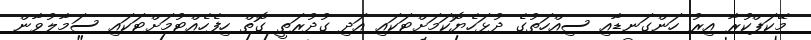
މޭކަޕްކުރާ އިރު ހަންގަނޑާއި ސިއްހަތުގެ ދުޅަހެޔޮކަމަށްޓަކައި އަދި ގުދުރަތީ ގޮތް ހިފެހެއްޓުމަށްޓަކައި ސަމާލުވާން